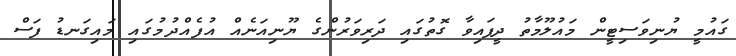
ގައުމީ ޔުނިވަސިޓީން މައުލޫމާތު ދީފައިވާ ގޮތުގައި ދަރިވަރުންގެ ޔޫނިއަނެއް އުފެއްދުމުގައި މައިގަނޑު ފަސް